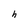
Character: h